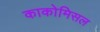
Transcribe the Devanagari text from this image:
काकोमिसल